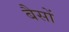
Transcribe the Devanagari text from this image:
बैसों